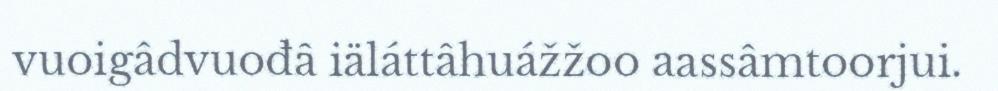
vuoigâdvuođâ iäláttâhuážžoo aassâmtoorjui.